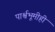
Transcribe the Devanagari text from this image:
पार्श्वभूमीही